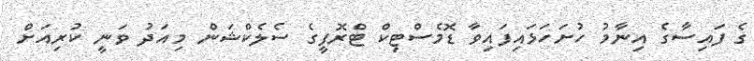
ގެ ފައިސާގެ އިނާމު ހުށަހަޅައިފައިވާ ޑޮމެސްޓިކް ޓްރޮފީގެ ސެލެކްޝަން މިއަދު ވަނީ ކުރިއަށް